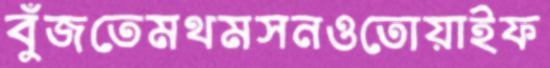
বুঁজতেমথমসনওতোয়াইফ